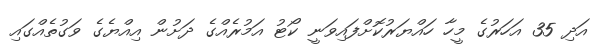
އަދި 35 އަހަރުގެ މީހާ ހައްޔަރުކޮށްފައިވަނީ ކޯޯޓު އަމުރެއްގެ ދަށުން އިއްޔެގެ ވަގުތެއްގައި